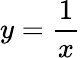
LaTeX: y=\frac{1}{x}